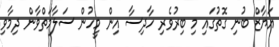
އަޔާޒް ބުނި ގޮތުގައި މި ބިރުވެރި ހާދިސާ އިން މީހުން ސަލާމަތްވާން ދިމާވި